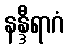
နန္ဒီရာဂံ